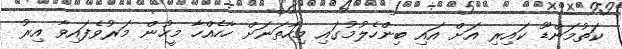
ކަތުމަންޑޫ ކައިރި އަށް އައި ބިންހެލުމުގައި މިހާތަނަށް ހާހެއްހާ މީހުން މަރުވެފައިވާ އިރު